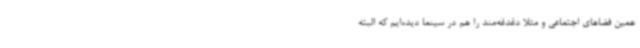
همین فضاهای اجتماعی و مثلا دغدغه‌مند را هم در سینما دیده‌ایم که البته